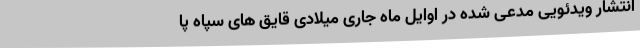
انتشار ویدئویی مدعی شده در اوایل ماه جاری میلادی قایق های سپاه پا